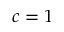
c = 1